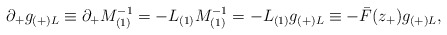
\begin{align*}\partial _+g_{(+)L}\equiv \partial _+M_{(1)}^{-1}=-L_{(1)}M_{(1)}^{-1}=-L_{(1)}g_{(+)L}\equiv -\bar {F}(z_+)g_{(+)L},\end{align*}